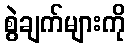
စွဲချက်များကို